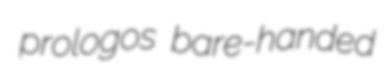
prologos bare-handed